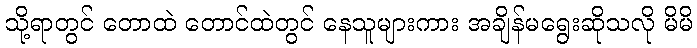
သို့ရာတွင် တောထဲ တောင်ထဲတွင် နေသူများကား အချိန်မရွေးဆိုသလို မိမိ